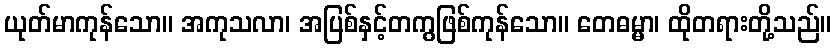
ယုတ်မာကုန်သော။ အကုသလာ၊ အပြစ်နှင့်တကွဖြစ်ကုန်သော။ တေဓမ္မာ၊ ထိုတရားတို့သည်။